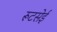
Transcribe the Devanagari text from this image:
रूटसेई